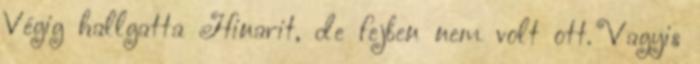
Végig hallgatta Hinarit, de fejben nem volt ott. Vagyis